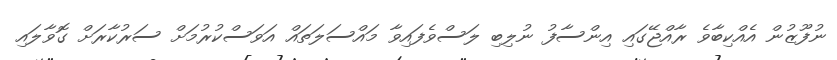
ނުފޫޒުން އެއްކިބާވެ ރާއްޖޭގައި އިންސާފު ނުލިބި ލަސްވެފައިވާ މައްސަލަތައް އަވަސްކުރުމަށް ސަރުކާރަށް ގޮވާލައި